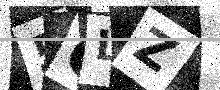
Text: 5OLZ